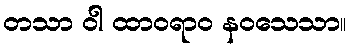
တသာ ဝါ ထာဝရာဝ နဝသေသာ။